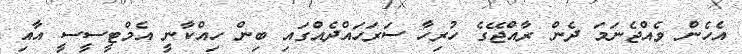
އެހެން ވެއްޖެނަމަ ދެން ރާއްޖޭގެ ހުރިހާ ސަރަހައްދެއްގައި ބިން ހިއްކާނީ އެމްޓީސީީސީ އާއި